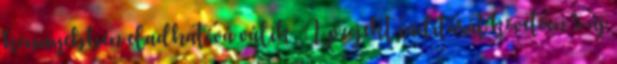
könnyebben eladhatóvá válik. A projekt indítását követően 5 új